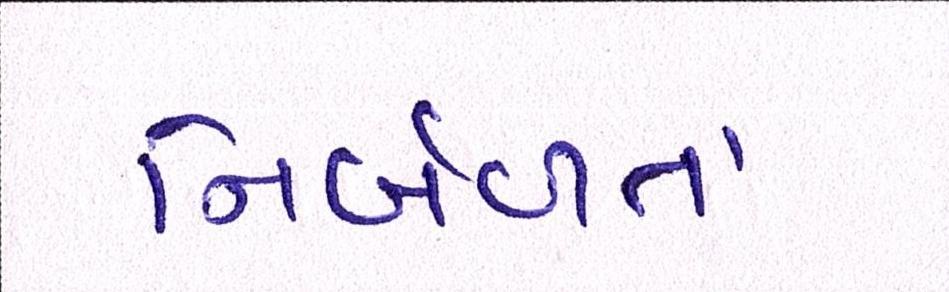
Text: નિર્બળતા